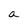
Character: a